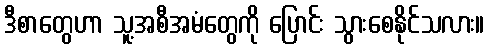
ဒီစာတွေဟာ သူ့အစီအမံတွေကို ပြောင်း သွားစေနိုင်သလား။